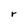
Character: r